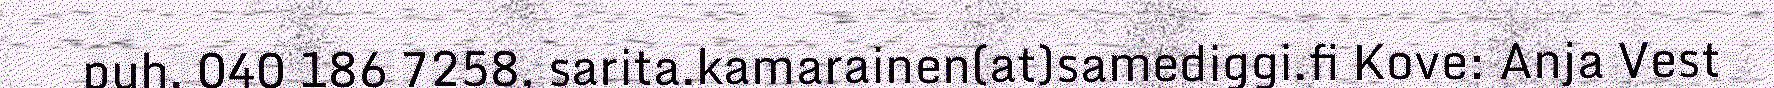
puh. 040 186 7258, sarita.kamarainen(at)samediggi.fi Kove: Anja Vest